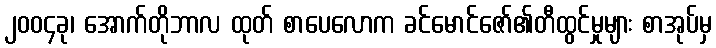
၂၀၀၄ခု၊ အောက်တိုဘာလ ထုတ် စာပေလောက ခင်မောင်ဇော်၏တီထွင်မှုများ စာအုပ်မှ